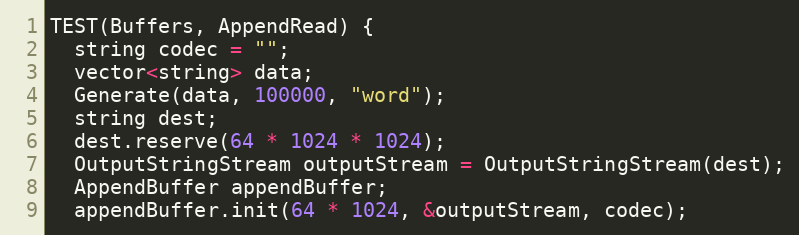
Language: C++
TEST(Buffers, AppendRead) {
  string codec = "";
  vector<string> data;
  Generate(data, 100000, "word");
  string dest;
  dest.reserve(64 * 1024 * 1024);
  OutputStringStream outputStream = OutputStringStream(dest);
  AppendBuffer appendBuffer;
  appendBuffer.init(64 * 1024, &outputStream, codec);